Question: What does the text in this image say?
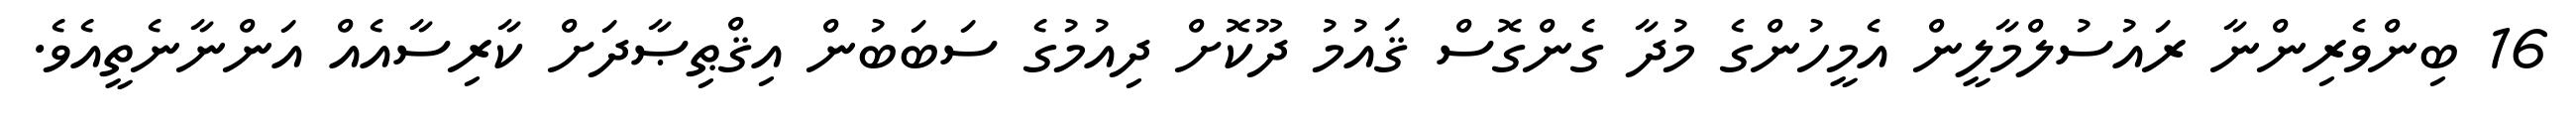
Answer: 16 ބިންވެރިންނާ ރައުސުލްމާލީން އެމީހުންގެ މުދާ ގެންގޮސް ޤައުމު ދޫކޮށް ދިއުމުގެ ސަބަބުން އިޤްޠިޞާދަށް ކާރިސާއެއް އަންނާނެތީއެވެ.